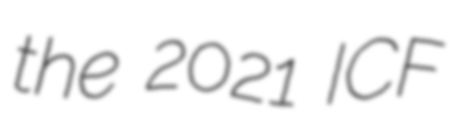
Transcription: the 2021 ICF